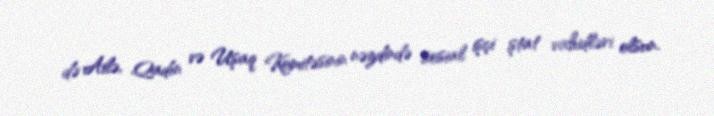
də Ailə, Qadın və Uşaq Komitəsinin nəzdində sosial işçi ştat vahidləri olsun.